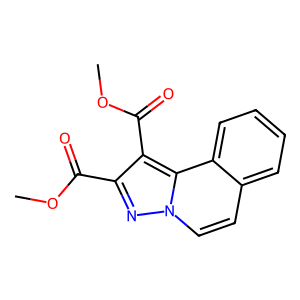
SMILES: COC(=O)c1nn2ccc3ccccc3c2c1C(=O)OC
Inhibits HIV replication: No